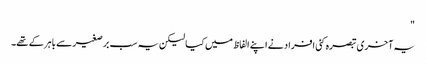
"
یہ آخری تبصرہ کئی افراد نے اپنے الفاظ میں کیا لیکن یہ سب برصغیر سے باہر کے تھے۔